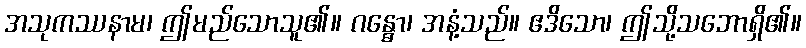
အသုကဿနာမ၊ ဤမည်သောသူ၏။ ဂန္ဓော၊ အနံ့သည်။ ဧဒိသော၊ ဤသို့သဘောရှိ၏။